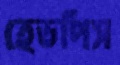
হেডপিস